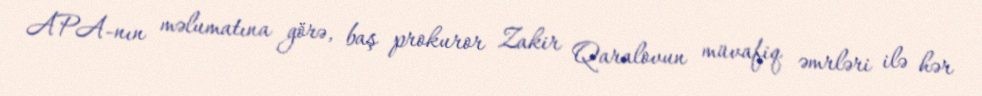
APA-nın məlumatına görə, baş prokuror Zakir Qaralovun müvafiq əmrləri ilə hər